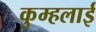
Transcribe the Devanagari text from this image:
कुम्हलाई